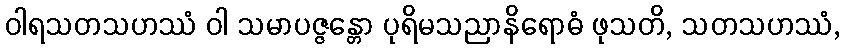
ဝါရသတသဟဿံ ဝါ သမာပဇ္ဇန္တော ပုရိမသညာနိရောဓံ ဖုသတိ, သတသဟဿံ,